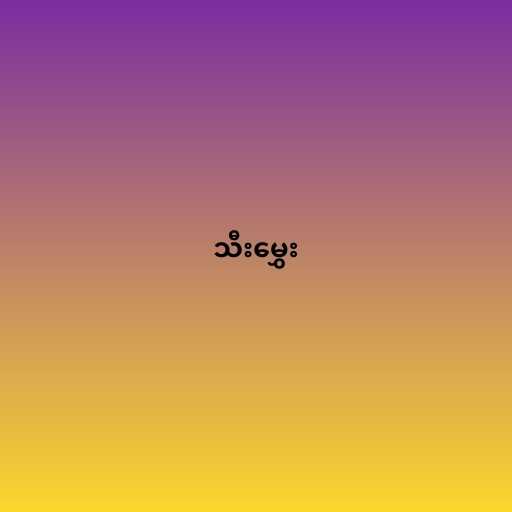
သီးမွှေး